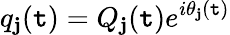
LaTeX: q_{\mathbf{j}}(\mathtt{t})=Q_{\mathbf{j}}(\mathtt{t})e^{i\theta_{\mathbf{j}}(\mathtt{t})}